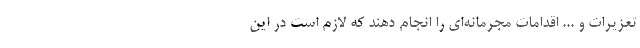
تعزیرات و ... اقدامات مجرمانه‌ای را انجام دهند که لازم است در این